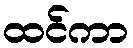
ထင်ကာ